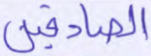
الصادقين